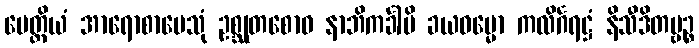
မေတ္တိယံ အာရောစာပေသုံ ဥစ္ဆုတစောဝ နာဘိကင်္ခါမိ ခယဓမ္မော ကလိင်္ဂရဋ္ဌံ နိသီဒိတဗ္ဗဉ္စ